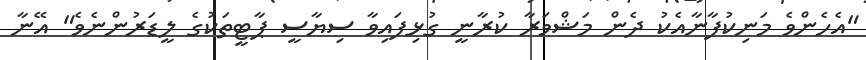
"އެހެންވެ މަނިކުފާނާއެކު ދެން މަޝްވަރާ ކުރާނީ ގުޅިފައިވާ ސިޔާސީ ޕާޓީތަކުގެ ލީޑަރުންނެވެ" އޭނާ